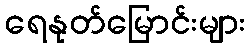
ရေနုတ်မြောင်းများ